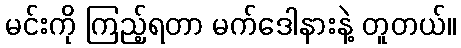
မင်းကို ကြည့်ရတာ မက်ဒေါနားနဲ့ တူတယ်။